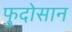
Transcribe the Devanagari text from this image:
फुदोसान